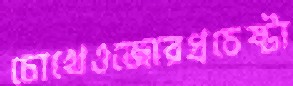
চোখেওজোরপ্রচেষ্টা